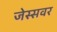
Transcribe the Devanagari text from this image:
जेस्सवर